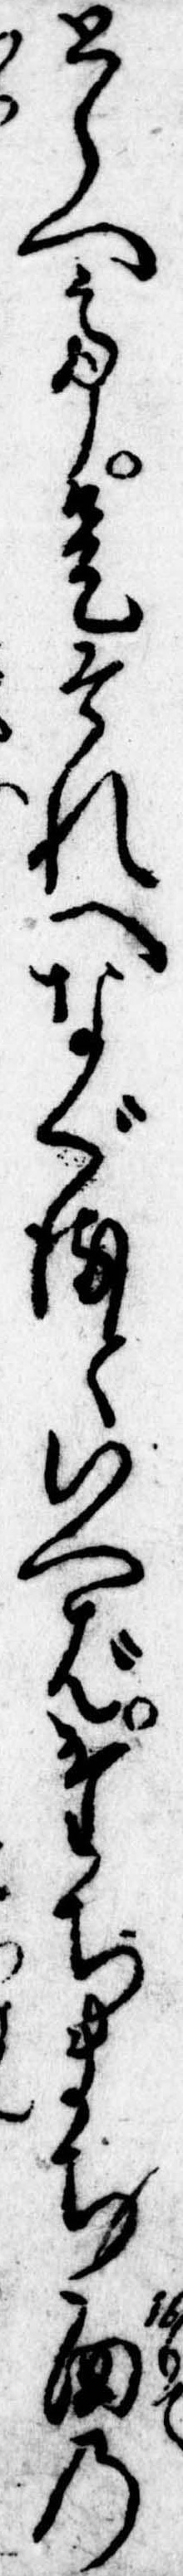
とらへて是それへなぐるといへばたちまち面の